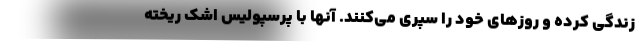
زندگی کرده و روزهای خود را سپری می‌کنند. آنها با پرسپولیس اشک ریخته